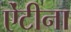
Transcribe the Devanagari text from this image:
ऐंटीना